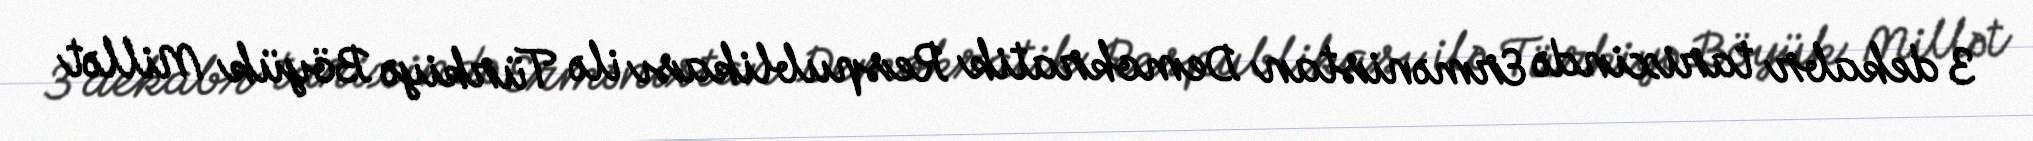
3 dekabr tarixində Ermənistan Demokratik Respublikası ilə Türkiyə Böyük Millət